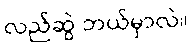
လည်ဆွဲ ဘယ်မှာလဲ။